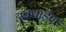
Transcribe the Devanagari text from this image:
स्क्वार्ड्रण